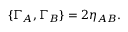
{ \lbrace \Gamma _ { A } , \Gamma _ { B } \rbrace = 2 \eta _ { A B } . }